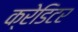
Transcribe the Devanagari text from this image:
क्रेडिटर